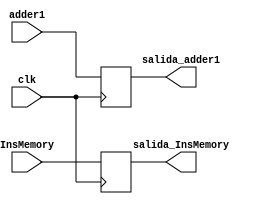
`timescale 1ns/1ns

module Buffer1(
	input clk,
	input[31:0]adder1,
	input[31:0]InsMemory,
	output reg[31:0]salida_adder1,
	output reg[31:0]salida_InsMemory
);

initial 
begin 
	salida_adder1 = 0;
	salida_InsMemory = 0;
end

 always@(posedge clk)
begin
	salida_adder1 = adder1;
	salida_InsMemory = InsMemory;
end
endmodule